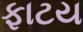
ફાટય